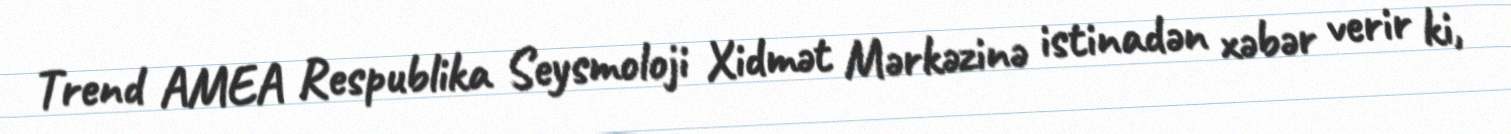
Trend AMEA Respublika Seysmoloji Xidmət Mərkəzinə istinadən xəbər verir ki,